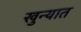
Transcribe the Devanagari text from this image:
खुन्यात